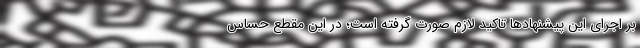
بر اجرای این پیشنهادها تاکید لازم صورت گرفته است؛ در این مقطع حساس